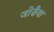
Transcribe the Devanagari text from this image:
जोसैया